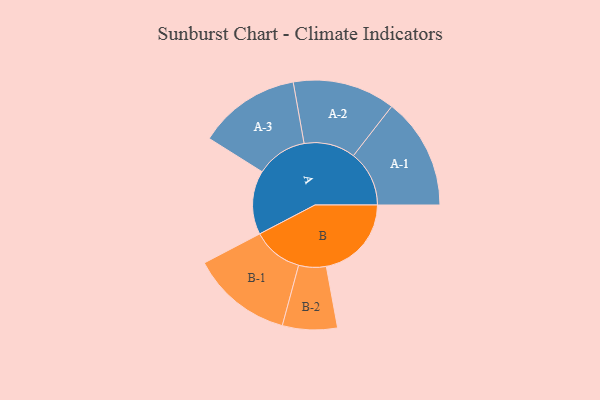
{"axis": {"x": "Segment", "y": "Value"}, "legend": ["", "A", "B"], "data": [{"x": "A", "y": 329, "type": ""}, {"x": "B", "y": 438, "type": ""}, {"x": "A-1", "y": 287, "type": "A"}, {"x": "A-2", "y": 264, "type": "A"}, {"x": "A-3", "y": 263, "type": "A"}, {"x": "B-1", "y": 260, "type": "B"}, {"x": "B-2", "y": 141, "type": "B"}]}